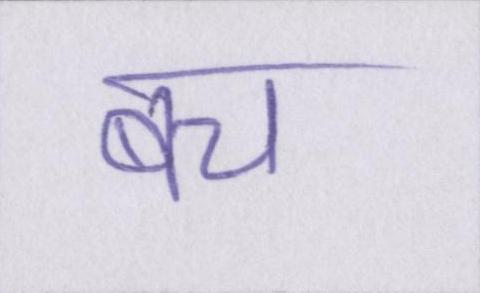
बच